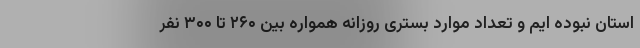
استان نبوده ایم و تعداد موارد بستری روزانه همواره بین ۲۶۰ تا ۳۰۰ نفر